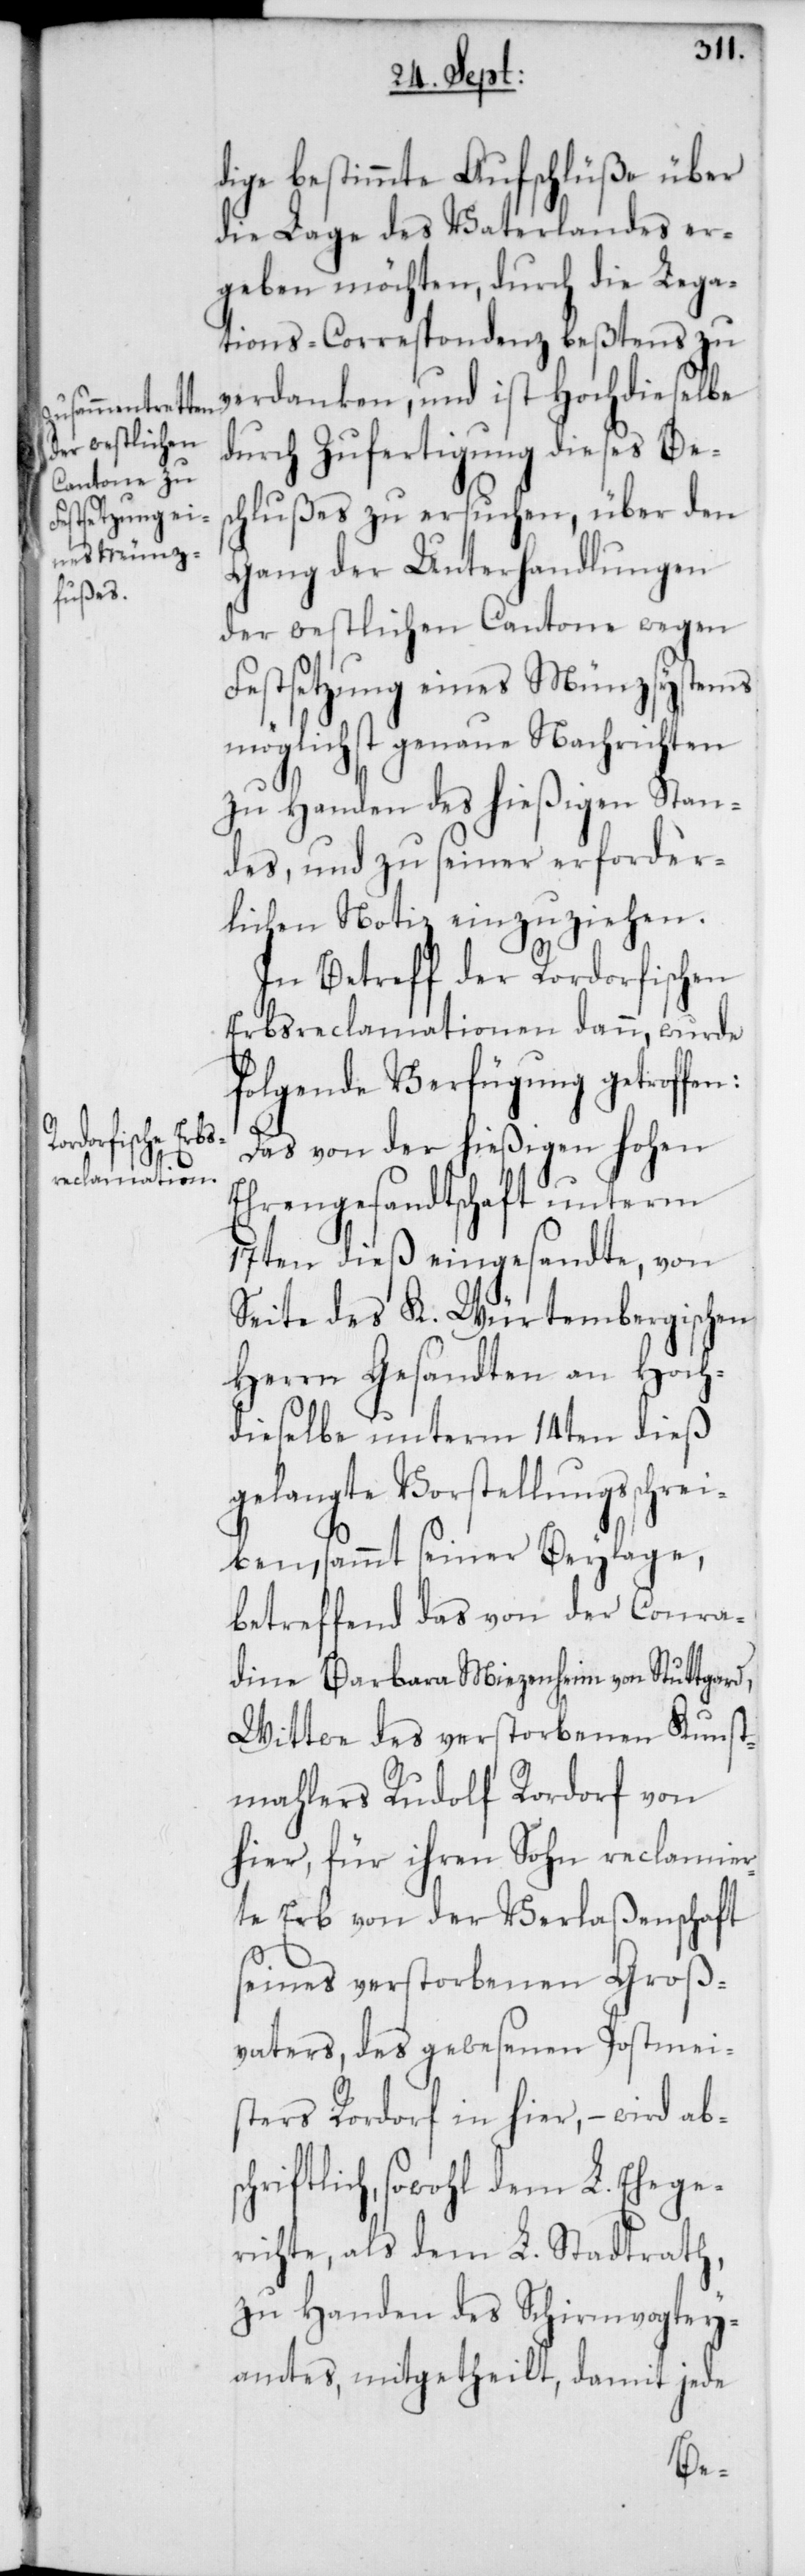
Hochdieselbe

dige bestimmte Aufschlüße über
die Lage des Vaterlandes er¬
geben möchten, durch die Lega¬
tions-Correspondenz bestens zu
durch Zufertigung dieses Bes¬
chlußes zu ersuchen, über den
Gang der Unterhandlungen
der westlichen Cantone wegen
Festsetzung eines Münzsystems
möglichst genaue Nachrichten
zu Handen des hießigen Stan¬
des, und zu seiner erforder¬
lichen Notiz einzuziehen.
In Betreff der Rordorfischen
Erbsreclamationen dann, wurde
folgende Verfügung getroffen:
Das von der hießigen hohen
Ehrengesandtschaft unterm
17ten dieß eingesandte, von
Seite des K. Würtembergischen
Herrn Gesandten an Hoch¬
dieselbe unterm 14ten dieß
gelangte Vorstellungsschr¬
eiben, sammt seiner Beylage,
betreffend das von der Conra¬
dine Barbara Miezenheim von Stuttgard,
Wittwe des verstorbenen Kunst¬
mahlers Rudolf Rordorf von
hier, für ihren Sohn reclamier¬
te Erb von der Verlaßenschaft
seines verstorbenen Groß¬
vaters, des gewesenen Postmei¬
sters Rordorf in hier, – wird absc¬
hriftlich, sowohl dem L. Ehege¬
richte als dem L. Stadtrath,
zu Handen des Schirmvogtey¬
amtes, mitgetheilt, damit jede